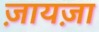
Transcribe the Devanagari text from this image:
ज़ायज़ा